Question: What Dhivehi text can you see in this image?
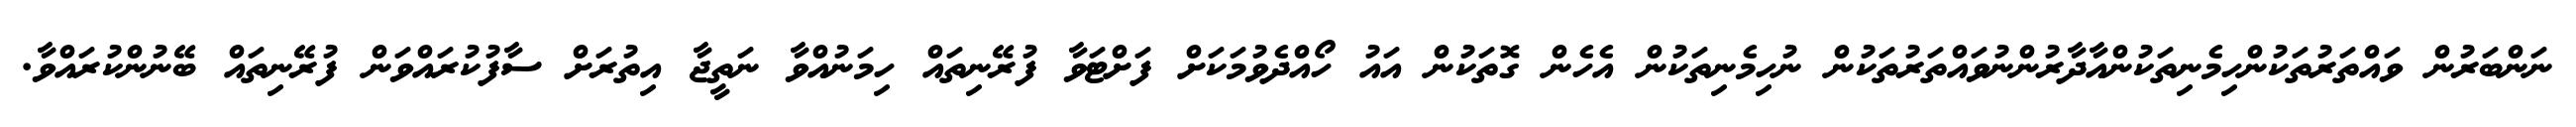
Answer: ނަންބަރުން ވައްތަރުތަކުންހިމެނިތަކުންއާދާރުންނުވައްތަރުތަކުން ނުހިމެނިތަކުން އެހެން ގޮތަކުން އައު ހޯއްދެވުމަކަށް ފަށްޓަވާ ފުރޭނިތައް ހިމަނުއްވާ ނަތީޖާ އިތުރަށް ސާފުކުރައްވަން ފުރޭނިތައް ބޭނުންކުރައްވާ.